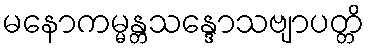
မနောကမ္မန္တသန္ဒောသဗျာပတ္တိ